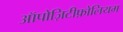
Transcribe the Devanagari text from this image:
ऑपोज़िटीफ़ोलियम